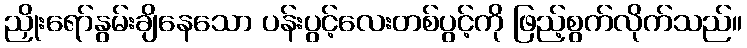
ညှိုးရော်နွမ်းချိနေသော ပန်းပွင့်လေးတစ်ပွင့်ကို ဖြည့်စွက်လိုက်သည်။